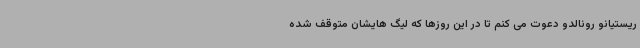
ریستیانو رونالدو دعوت می کنم تا در این روزها که لیگ هایشان متوقف شده